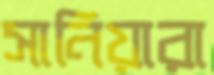
সানিয়ারা